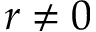
r \neq 0